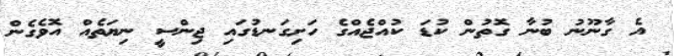
އެ ގާނޫނު ބުނާ ގޮތުން ކުޑަ ކުއްޖެއްގެ ހަށިގަނޑުގައި ޖިންސީ ނިޔަތެއް އޮވެގެން